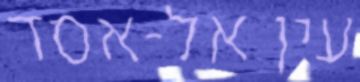
עין אל-אסד